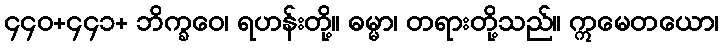
၄၄၀+၄၄၁+ ဘိက္ခဝေ၊ ရဟန်းတို့။ ဓမ္မာ၊ တရားတို့သည်။ ဣမေတယော၊